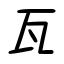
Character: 瓦